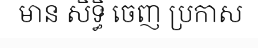
មាន សិទ្ធិ ចេញ ប្រកាស